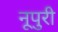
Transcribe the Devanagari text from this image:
नूपुरी